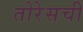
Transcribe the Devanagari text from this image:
तोरेसची